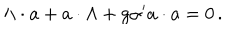
LaTeX: \Lambda \cdot a + a \cdot \Lambda + g { \alpha ^ { \prime } } a \cdot a = 0 \, .